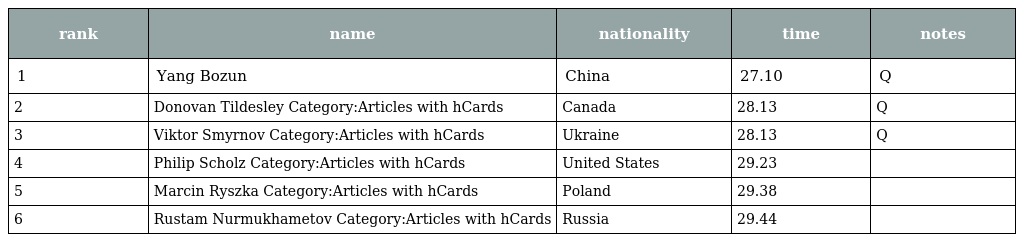
| rank | name | nationality | time | notes |
 | --- | --- | --- | --- | --- |
 | 1 | Yang Bozun | China | 27.10 | Q |
 | 2 | Donovan Tildesley Category:Articles with hCards | Canada | 28.13 | Q |
 | 3 | Viktor Smyrnov Category:Articles with hCards | Ukraine | 28.13 | Q |
 | 4 | Philip Scholz Category:Articles with hCards | United States | 29.23 |  |
 | 5 | Marcin Ryszka Category:Articles with hCards | Poland | 29.38 |  |
 | 6 | Rustam Nurmukhametov Category:Articles with hCards | Russia | 29.44 |  |